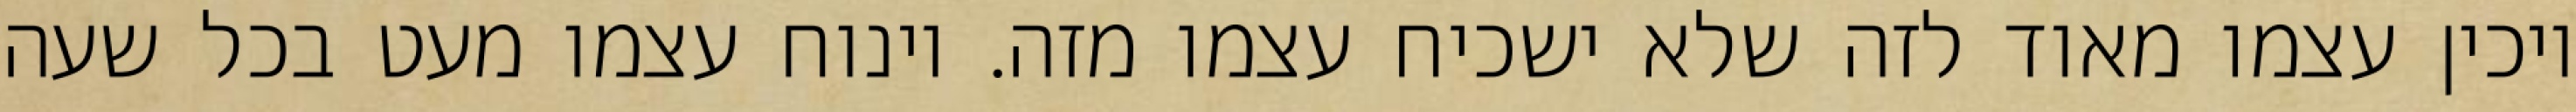
ויכין עצמו מאוד לזה שלא ישכיח עצמו מזה. וינוח עצמו מעט בכל שעה